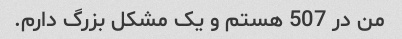
من در 507 هستم و یک مشکل بزرگ دارم.